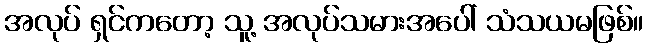
အလုပ် ရှင်ကတော့ သူ့ အလုပ်သမားအပေါ် သံသယမဖြစ်။